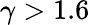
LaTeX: \gamma>1.6